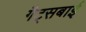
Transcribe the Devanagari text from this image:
गैट्सबाई